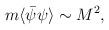
LaTeX: \begin{align*}m\langle\bar\psi\psi\rangle\sim M^2,\end{align*}